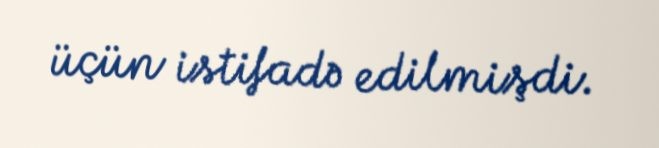
üçün istifadə edilmişdi.